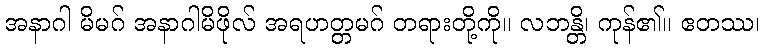
အနာဂါ မိမဂ် အနာဂါမိဖိုလ် အရဟတ္တမဂ် တရားတို့ကို။ လဘန္တိ၊ ကုန်၏။ ဧတဿ၊